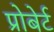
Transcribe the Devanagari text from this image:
प्रोबेर्ट